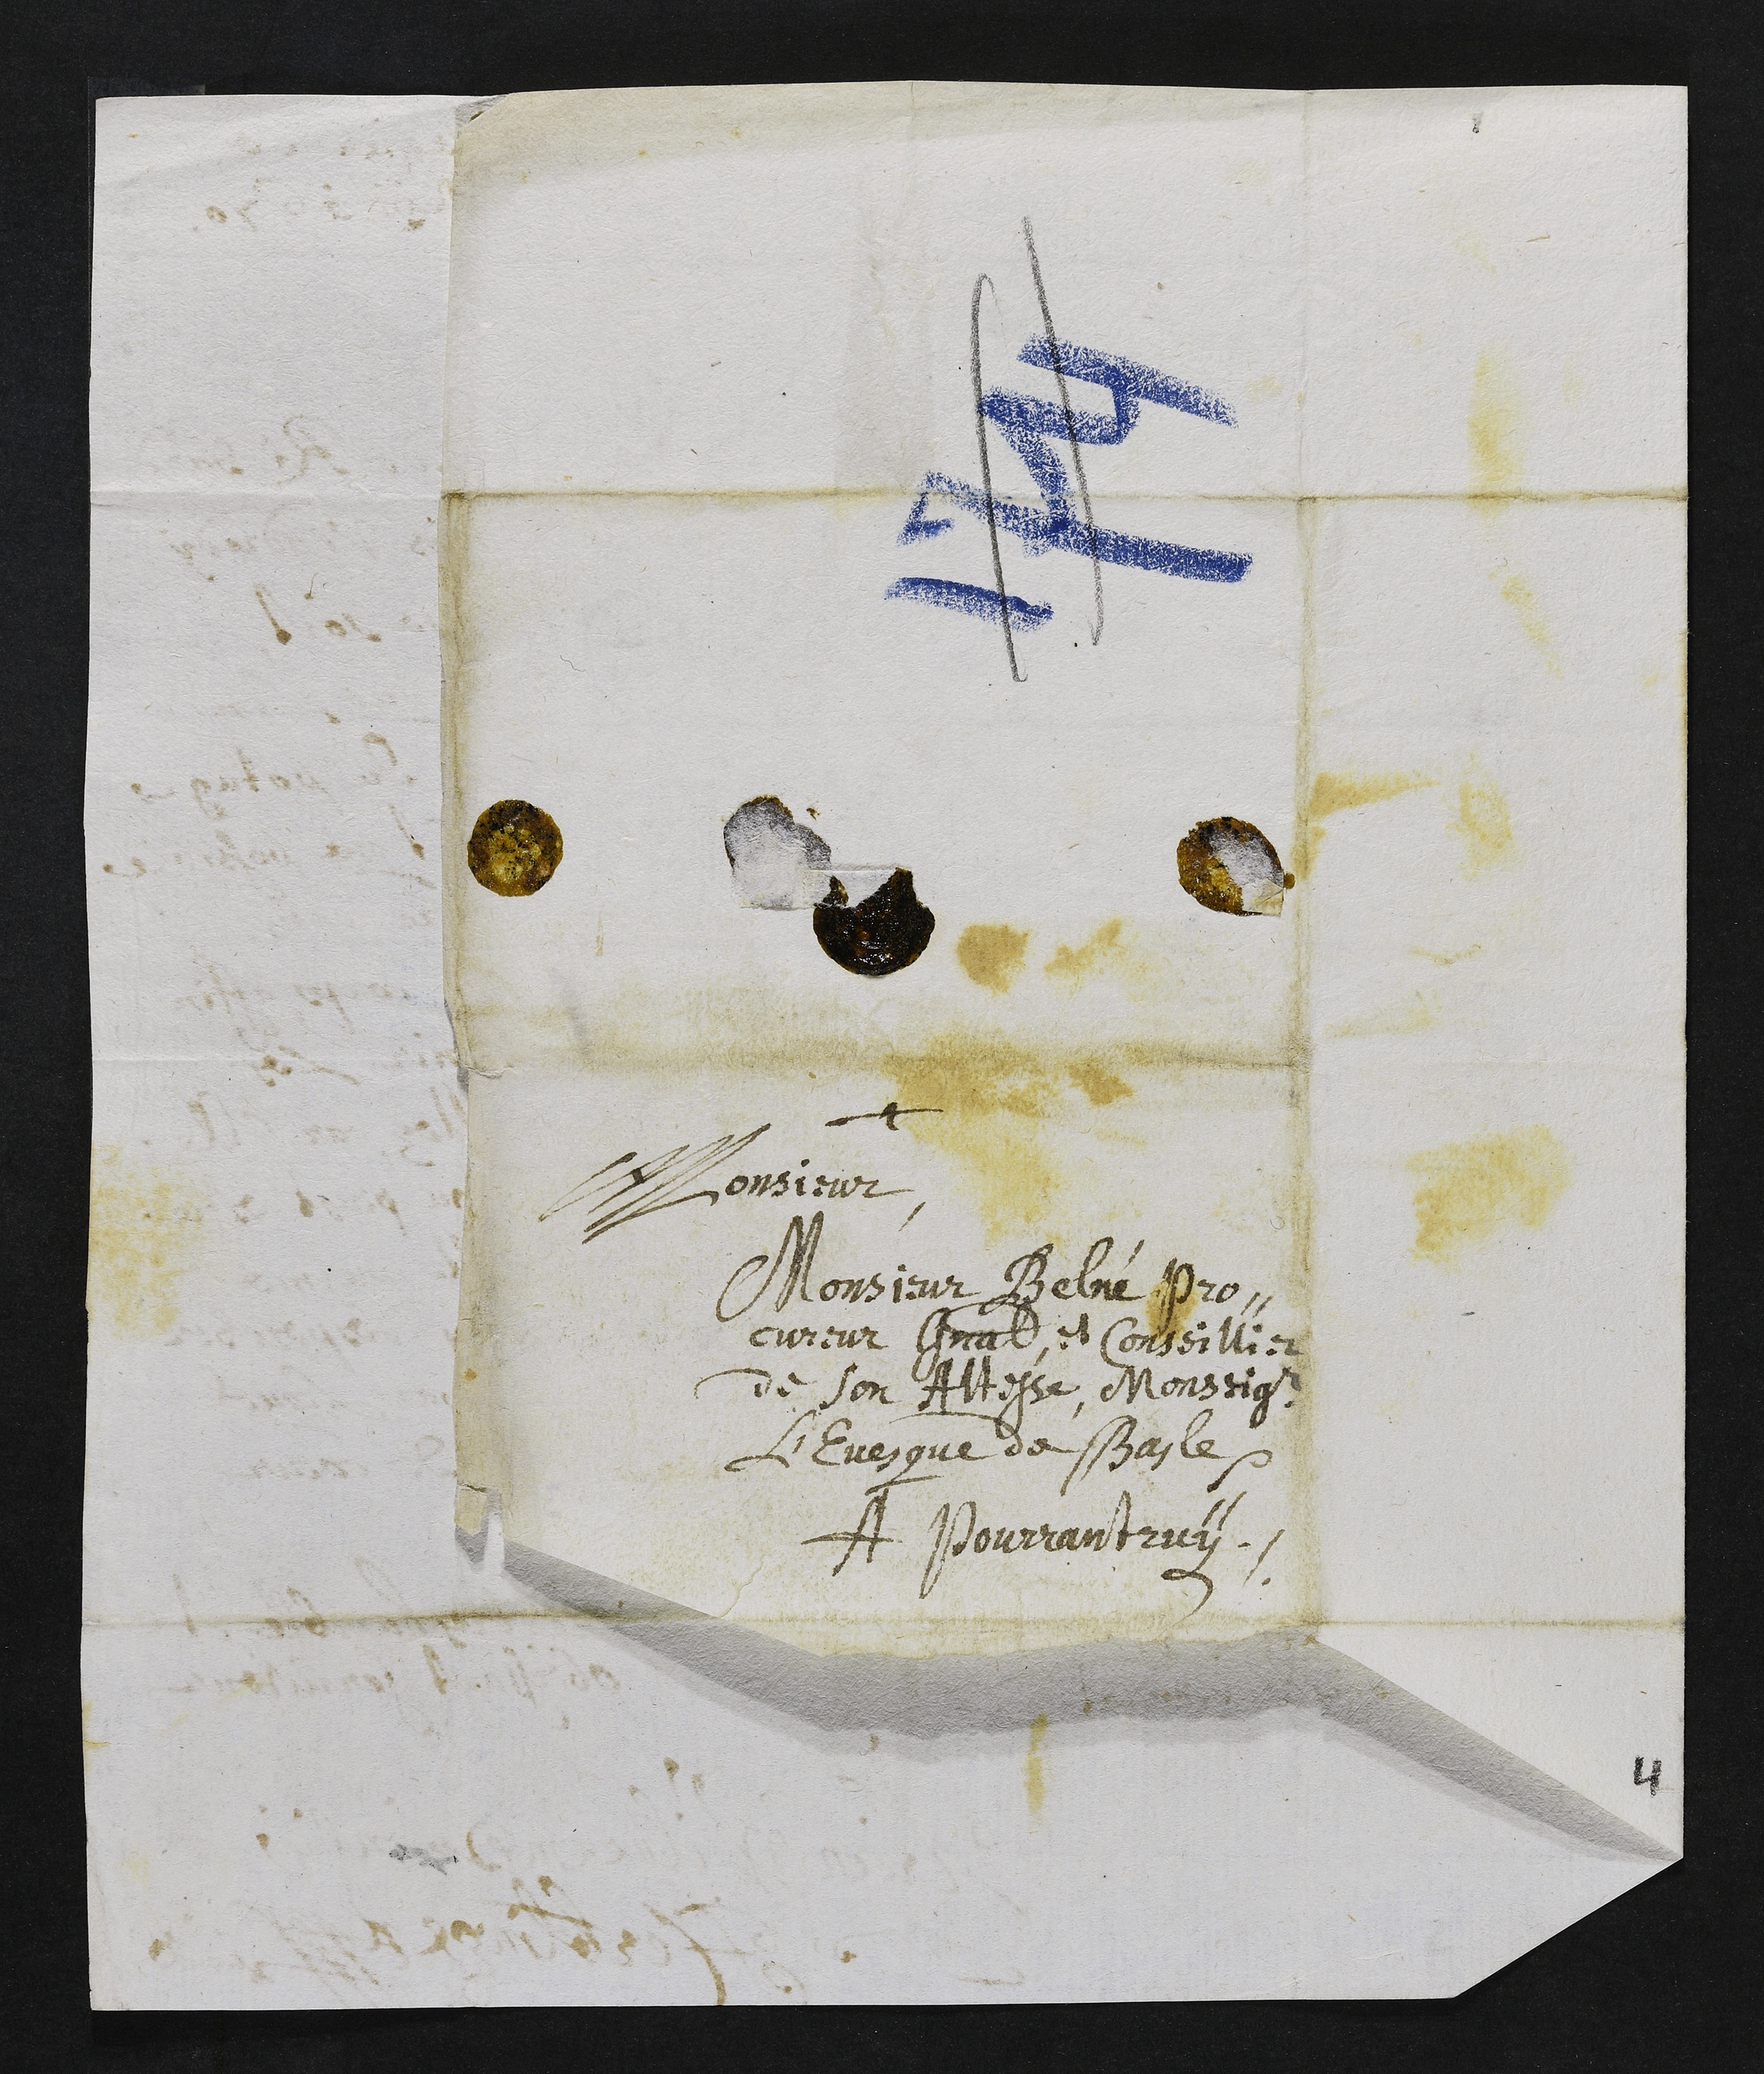
+
Monsieur,
Monsieur Belné pro-
cureur général, et conseillier
de Son Altesse, Monseigneur
l’Evesque de Basle
A Pourrantruy